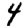
Digit: 4